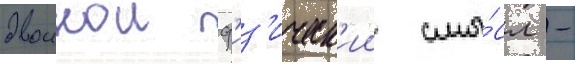
двоинои ф'из'ическ'ии смы́сл -